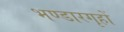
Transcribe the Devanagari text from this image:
भण्डारगृहों